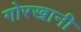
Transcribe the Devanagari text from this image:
गोरखानी